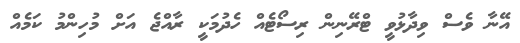
އޭނާ ވެސް ވިދާޅުވީ ޓްރޭނިން ރިސޯޓެއް ހެދުމަކީ ރާއްޖެ އަށް މުހިންމު ކަމެއް